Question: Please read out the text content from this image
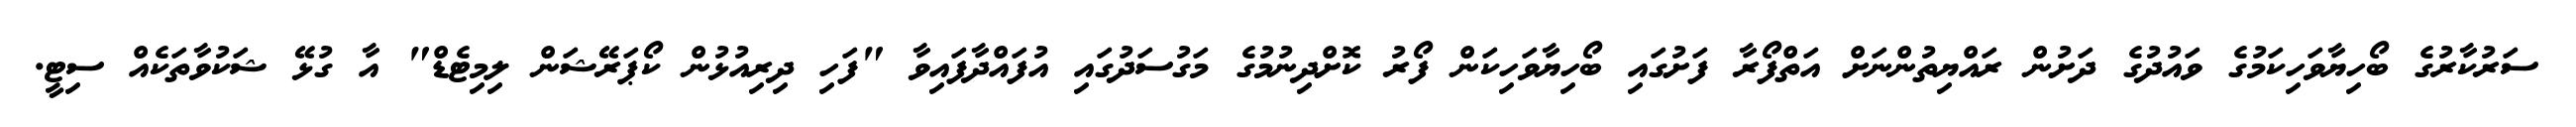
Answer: ސަރުކާރުގެ ބޯހިޔާވަހިކަމުގެ ވައުދުގެ ދަށުން ރައްޔިތުންނަށް އަތްފޯރާ ފަށުގައި ބޯހިޔާވަހިކަން ފޯރު ކޮށްދިނުމުގެ މަގުސަދުގައި އުފައްދާފައިވާ "ފަހި ދިރިއުޅުން ކޯޕަރޭޝަން ލިމިޓެޑް" އާ ގުޅޭ ޝަކުވާތަކެއް ސިޓީ.